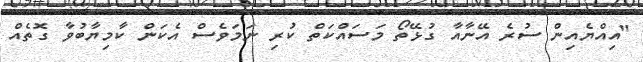
"އިއްޔެއިން ސުރެ އޭނާއާ ގުޅޭތޯ މަސައްކަތް ކުރި ނަމަވެސް އެކަން ކާމިޔާބުވާ ގޮތެއް